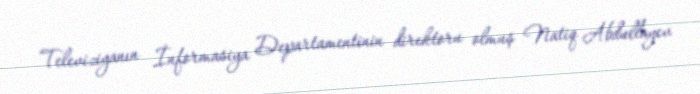
Televiziyanın İnformasiya Departamentinin direktoru olmuş Natiq Abdullayev